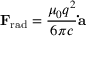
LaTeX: \mathbf { F } _ { \mathrm { r a d } } = { \frac { \mu _ { 0 } q ^ { 2 } } { 6 \pi c } } \mathbf { \dot { a } }